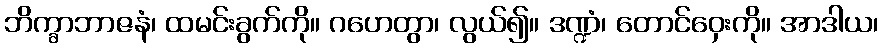
ဘိက္ခာဘာဇနံ၊ ထမင်းခွက်ကို။ ဂဟေတွာ၊ လွယ်၍။ ဒဏ္ဍံ၊ တောင်ဝှေးကို။ အာဒါယ၊